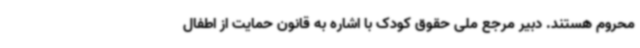
محروم هستند. دبیر مرجع ملی حقوق کودک با اشاره به قانون حمایت از اطفال